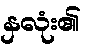
နှလုံး၏